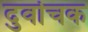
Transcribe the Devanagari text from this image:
दुर्वाचक